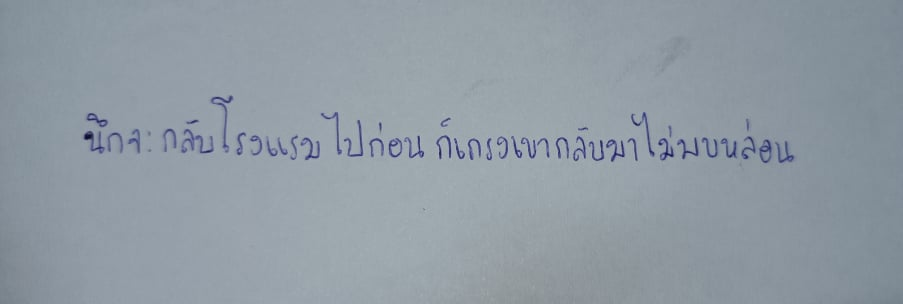
นึกจะกลับโรงแรมไปก่อนก็เกรงเขากลับมาไม่พบหล่อน